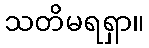
သတိမရရှာ။